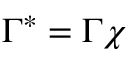
\Gamma ^ { * } = \Gamma \chi